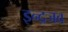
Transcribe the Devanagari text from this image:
इन्द्रजव